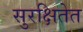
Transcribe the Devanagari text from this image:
सुरक्षितेत